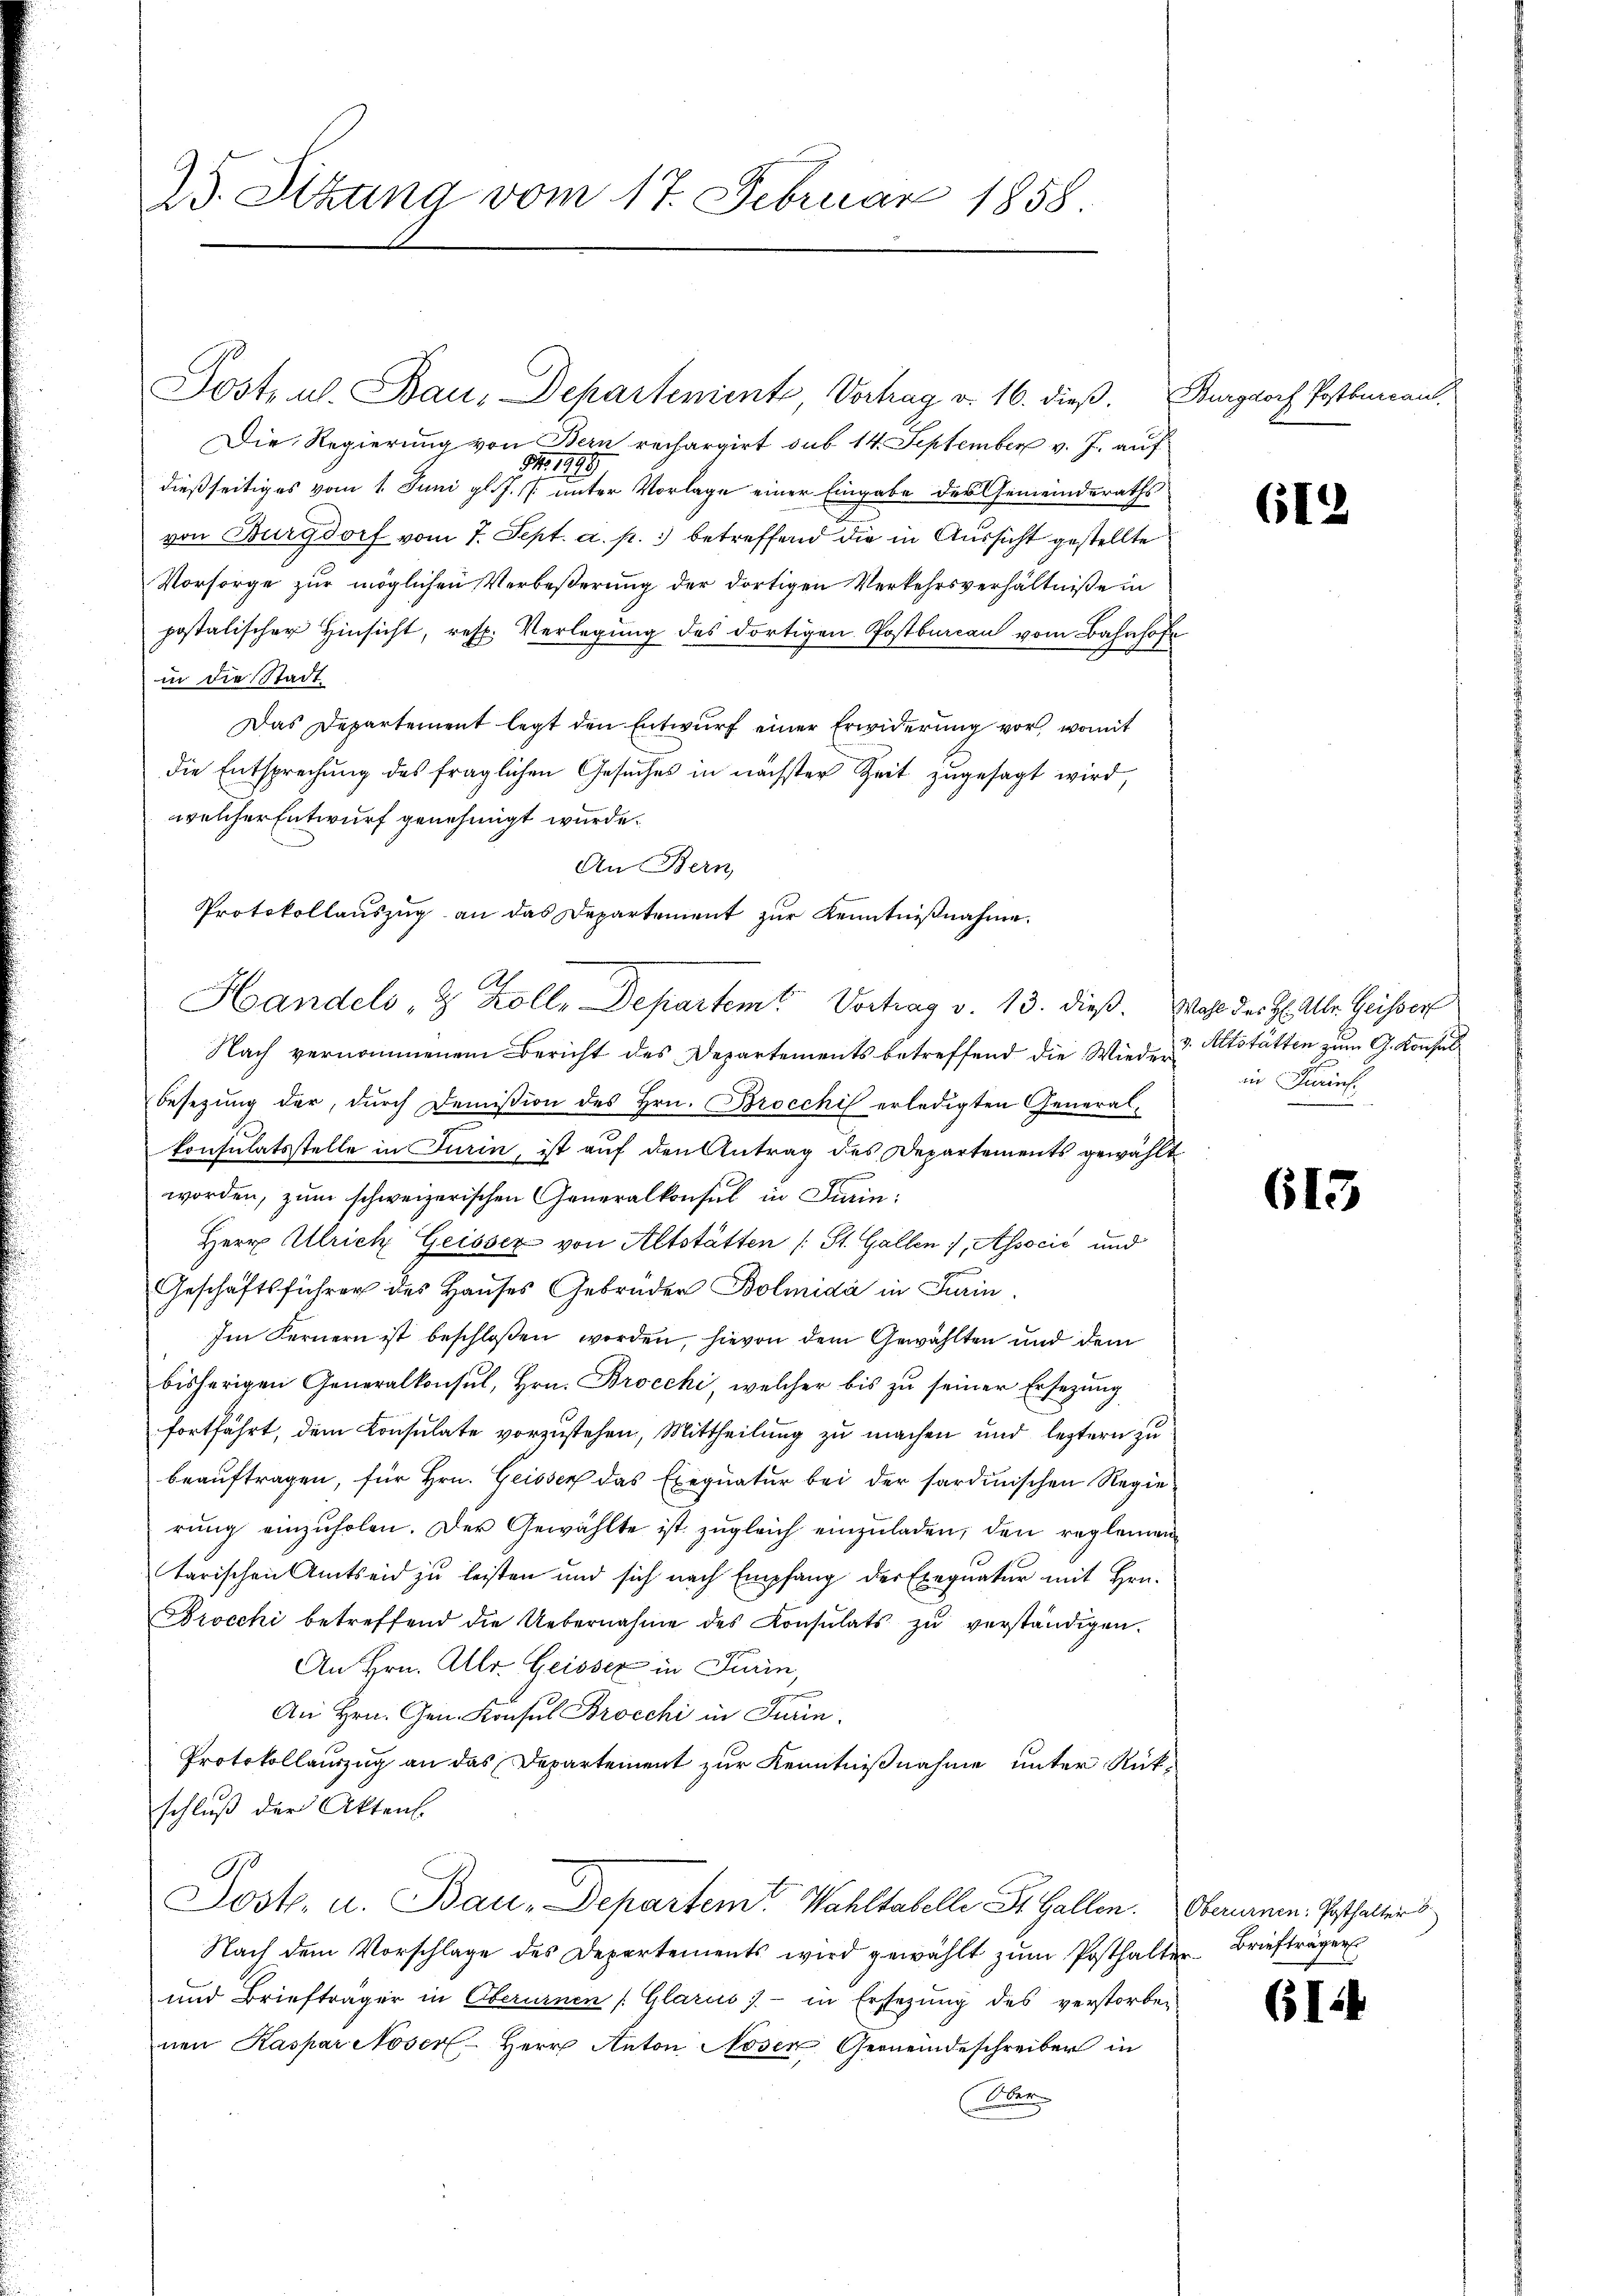
25. Sizung vom 17. Februar 1858.

Die Regierung von Bern rechargirt sub 14. September v. J. auf
9. 1995
dießseitiges vom 1. Juni gl. J. P. unter Vorlage einer Eingabe des Gemeinderaths
von Burgdorf vom 7. Sept. a. p. betreffend die in Aussicht gestellte
Vorsorge zur möglichen Verbeßerung der dortigen Verkehrsverhältniße in
postalischer Hinsicht, resp. Verlegung des dortigen Postbureau vom Bahnhofe
in die Stadt
Das Departement legt den Entwurf einer Erwiderung vor, womit
die Entsprechung des fraglichen Gesuches in nächster Zeit zugesagt wird,
welcher Entwurf genehmigt wurde.
An Bern
Nach vernommenem Bericht des Departements betreffend die Wieder Altstätten zum G. Konsul
Besetzung der, durch Demission des Hrn. Brocchi erledigten General¬
Consulatsstelle in Turin, ist auf den Antrag des Departements gewählt
worden, zum schweizerischen Generalkonsul in Turin:
Herr Ullrich Geisser von Altstätten /: St. Gallen), Associć und
Geschäftsführen des Hauses Gebrüder Bolmida in Turin
Im Fernern ist beschloßen worden, hievon dem Gewählten und dem
bisherigen Generalkonsul, Hrn. Brocchi, welcher bis zu seiner Ersezung
fortfährt, dem Consulate vorzustehen, Mittheilung zu machen und leztern zu
beauftragen, für Hrn. Geissen das Exequatur bei der sardinischen Regierŭng einzŭholen. Der Gewählte ist zugleich einzŭladen, den reglemen
tarischen Amtseid zu leisten und sich nach Empfang der Exequatur mit Hrn.
Procchi betreffend die Uebernahme des Konsulats zŭ verständigen.
An Hrn. Allr- Geissex in Turin,
An Hrn. Gen. Konsul Brocchi in Turin.
Protokollauszug an das Departement zur Kenntnißnahme unter Rückschluß der Akten.
Jost. u. Bau-Departem Wahltabelle St. Gallen. Oberamen, Gasthalters
Nach dem Vorschlage des Departements wird gewählt zŭm Posthalter Briefträgers
und Briefträger in Oberuinen (Glarus - in Ersezung des verstorbe-
nen Kaspar Noser Herr Anton Nosen Gemeindeschreiber in
Über

Postul. Bau, Departemente, Vortrag d. 16. dieß. Burgdorf Postbenan¬

Protokollaŭszŭg an das Departement zŭr Kenntniβnahme.
Handels, & Kolle Departem Vortrag v. 13. dieß. Wahl des H. Mr. Geister

612

in Jurist

613

61